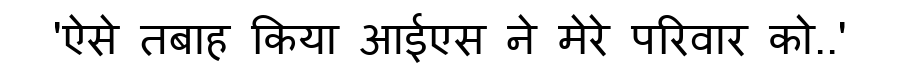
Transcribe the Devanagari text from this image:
'ऐसे तबाह किया आईएस ने मेरे परिवार को..'